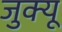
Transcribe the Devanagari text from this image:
जुक्यू